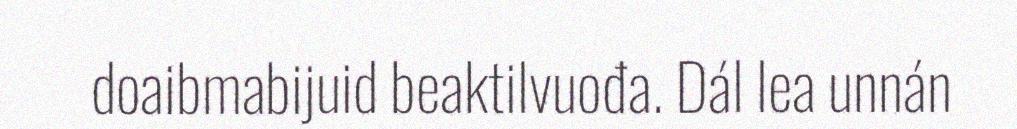
doaibmabijuid beaktilvuođa. Dál lea unnán